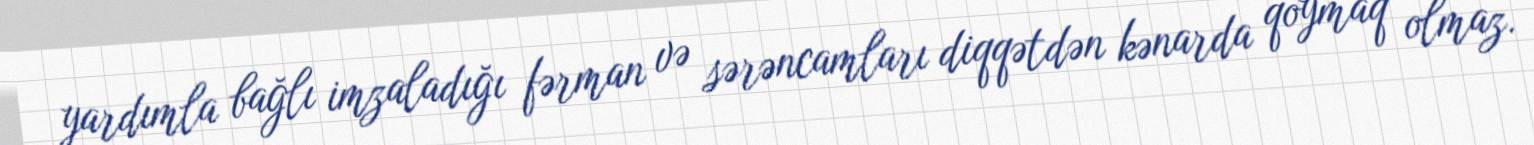
yardımla bağlı imzaladığı fərman və sərəncamları diqqətdən kənarda qoymaq olmaz.